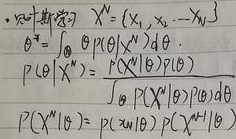
\(\mathcal{X}^n = \{x_1, x_2, \cdots, x_n\}\)
\(\theta^* = \int_{\Theta}\theta P(\theta|\mathcal{X}^n)d\theta\)
\(P(\theta|\mathcal{X}^n)=\frac{P(\mathcal{X}^n|\theta)P(\theta)}{\int_{\Theta}P(\mathcal{X}^n|\theta)P(\theta)d\theta}\)
\(P(\mathcal{X}^{n + 1}|\theta)=P(x_{n+1}|\theta)P(\mathcal{X}^n|\theta)\)